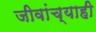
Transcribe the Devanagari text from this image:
जीवांच्याही